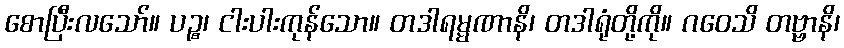
စောပြီးလသော်။ ပဉ္စ၊ ငါးပါးကုန်သော။ တဒါရမ္မဏာနိ၊ တဒါရုံတို့ကို။ ဂဝေသိ တဗ္ဗာနိ၊